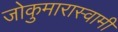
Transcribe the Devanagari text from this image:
जोकुमारास्वामी